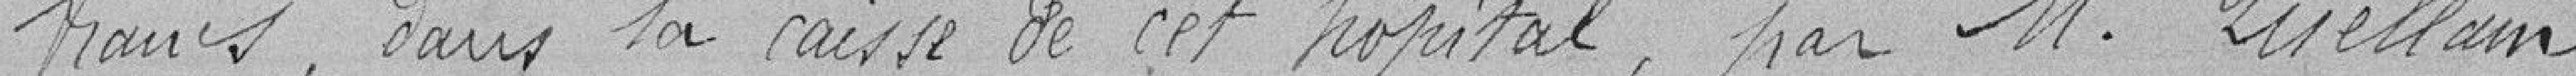
francs, dans la caisse de cet hôpital, par M. Guellain